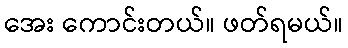
အေး ကောင်းတယ်။ ဖတ်ရမယ်။